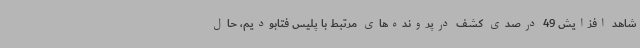
شاهد افزایش 49 درصدی کشف درپرونده‌های مرتبط با پلیس فتابودیم، حال